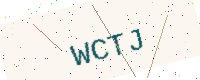
Text: WCTJ